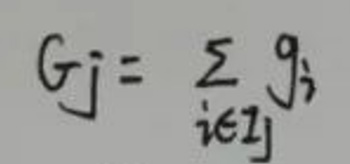
\[ G_j = \sum_{i \in I_j} g_i \]